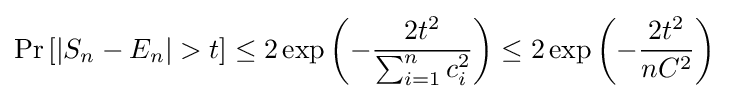
\Pr \left[|S_{n}-E_{n}|>t\right]\leq 2\exp \left(-{\frac {2t^{2}}{\sum _{i=1}^{n}c_{i}^{2}}}\right)\leq 2\exp \left(-{\frac {2t^{2}}{nC^{2}}}\right)